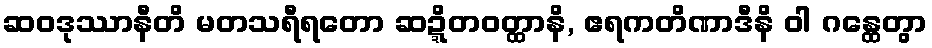
ဆဝဒုဿာနီတိ မတသရီရတော ဆဍ္ဍိတဝတ္ထာနိ, ဧရကတိဏာဒီနိ ဝါ ဂန္ထေတွာ